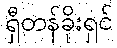
ရှီတန်ခိုးရှင်